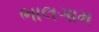
ભાલગામ